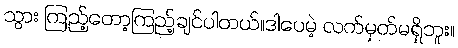
သွား ကြည့်တော့ကြည့်ချင်ပါတယ်။ဒါပေမဲ့ လက်မှတ်မရှိဘူး။